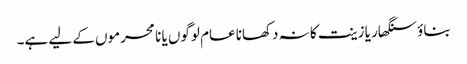
بناؤ سنگھار یا زینت کا نہ دکھانا عام لوگوں یا نا محرموں کے لیے ہے۔